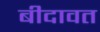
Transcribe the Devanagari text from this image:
बीदावत